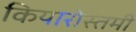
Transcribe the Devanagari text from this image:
कियारोस्तमी